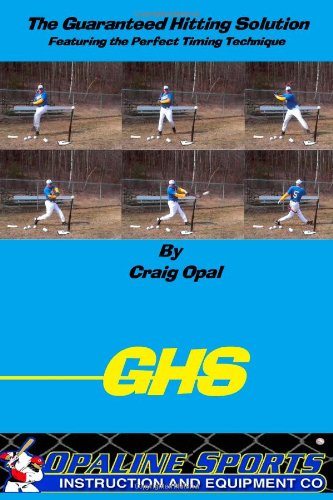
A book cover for The Guaranteed Hitting Solution-Featuring the Perfect Timing Technique; Craig Opal; Sports & Outdoors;